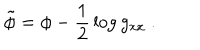
\tilde { \phi } = \phi - { \frac { 1 } { 2 } } \log g _ { x x } \ .